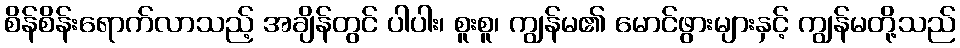
စိန်စိန်းရောက်လာသည့် အချိန်တွင် ပါပါး၊ စူးစူ၊ ကျွန်မ၏ မောင်ဖွားများနှင့် ကျွန်မတို့သည်